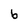
Character: b